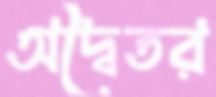
অদ্বৈতর